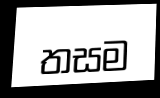
තසම